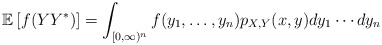
\begin{align*} \mathbb E \left[f(YY^*) \right]= \int_{[0,\infty)^n} f(y_1, \ldots, y_n) p_{X,Y}(x,y) dy_1 \cdots dy_n\end{align*}